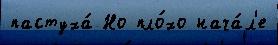
пастуха́ Но пло́хо нача́л'е